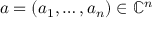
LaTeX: a = ( a _ { 1 } , \dots , a _ { n } ) \in \mathbb { C } ^ { n }